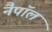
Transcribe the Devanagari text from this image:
नैपॉल